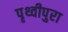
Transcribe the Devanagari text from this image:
पृथ्वीपुरा